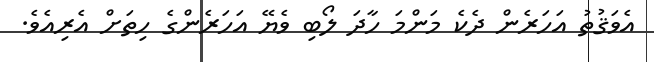
އެވަޤުތު އަހަރެން ދެކެ މަންމަ ހާދަ ލޯބި ވެޔޭ އަހަރެންގެ ހިތަށް އެރިއެވެ.